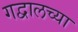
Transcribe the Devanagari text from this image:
गद्वालच्या